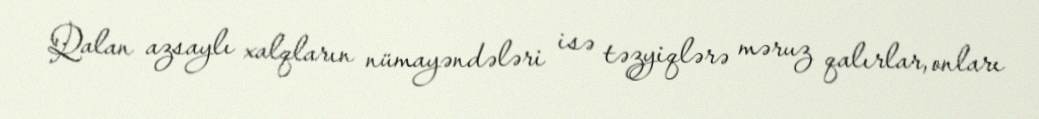
Qalan azsaylı xalqların nümayəndələri isə təzyiqlərə məruz qalırlar, onları